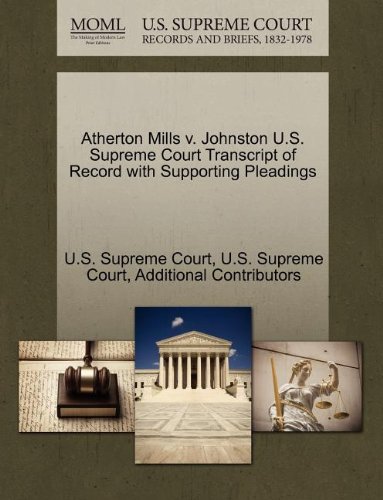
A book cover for Atherton Mills v. Johnston U.S. Supreme Court Transcript of Record with Supporting Pleadings; Additional Contributors; Law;